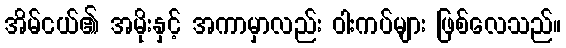
အိမ်ငယ်၏ အမိုးနှင့် အကာမှာလည်း ဝါးကပ်များ ဖြစ်လေသည်။